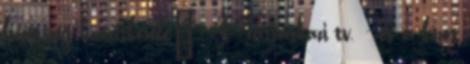
bizottság hatáskörébe”. A Társasházi tv. - és a közös